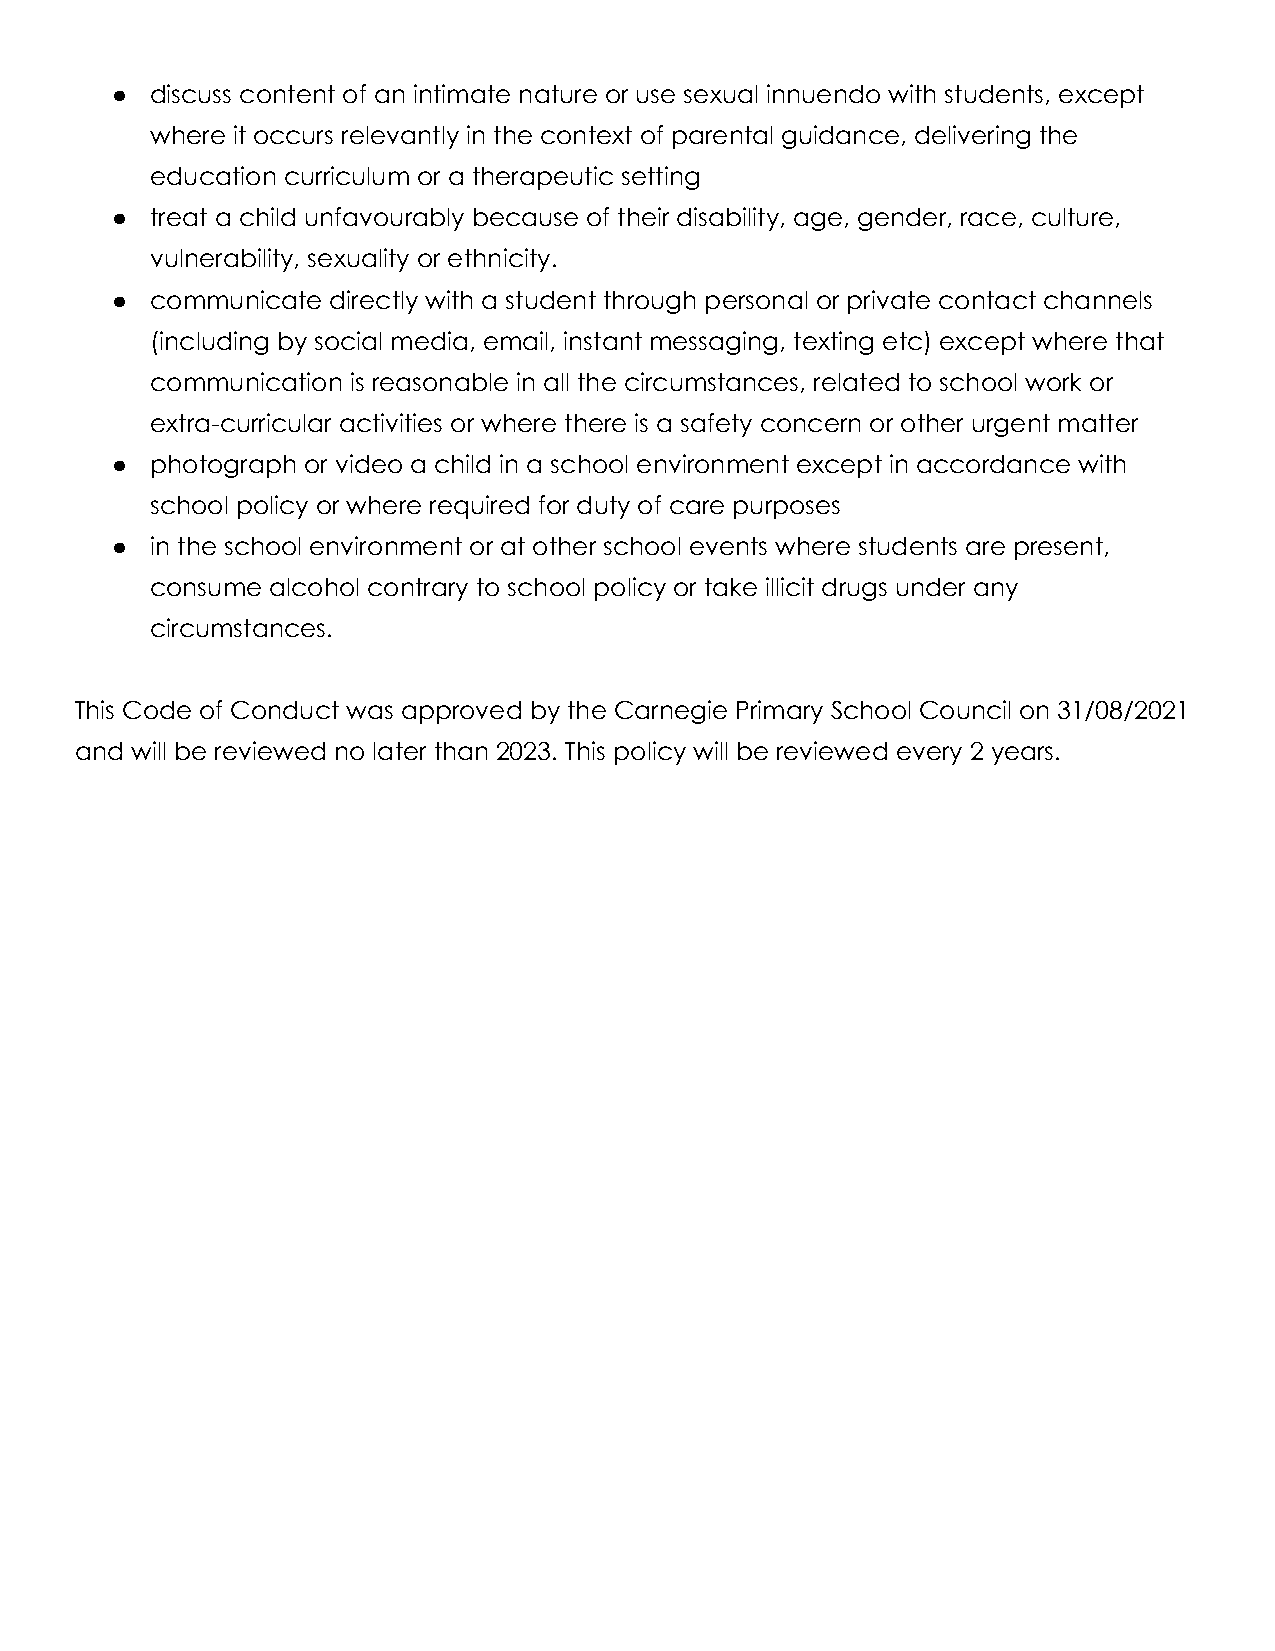
●  discuss content of an intimate nature or use sexual innuendo with students, except
 where it occurs relevantly in the context of parental guidance, delivering the
 education curriculum or a therapeutic setting
 ●  treat a child unfavourably because of their disability, age, gender, race, culture,
 vulnerability, sexuality or ethnicity.
 ●  communicate directly with a student through personal or private contact channels
 (including by social media, email, instant messaging, texting etc) except where that
 communication is reasonable in all the circumstances, related to school work or
 extra-curricular activities or where there is a safety concern or other urgent matter
 ●  photograph or video a child in a school environment except in accordance with
 school policy or where required for duty of care purposes
 ●  in the school environment or at other school events where students are present,
 consume alcohol contrary to school policy or take illicit drugs under any
 circumstances.
 This Code of Conduct was approved by the Carnegie Primary School Council on 31/08/2021
 and will be reviewed no later than 2023. This policy will be reviewed every 2 years.